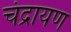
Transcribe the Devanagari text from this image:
चंद्रायण